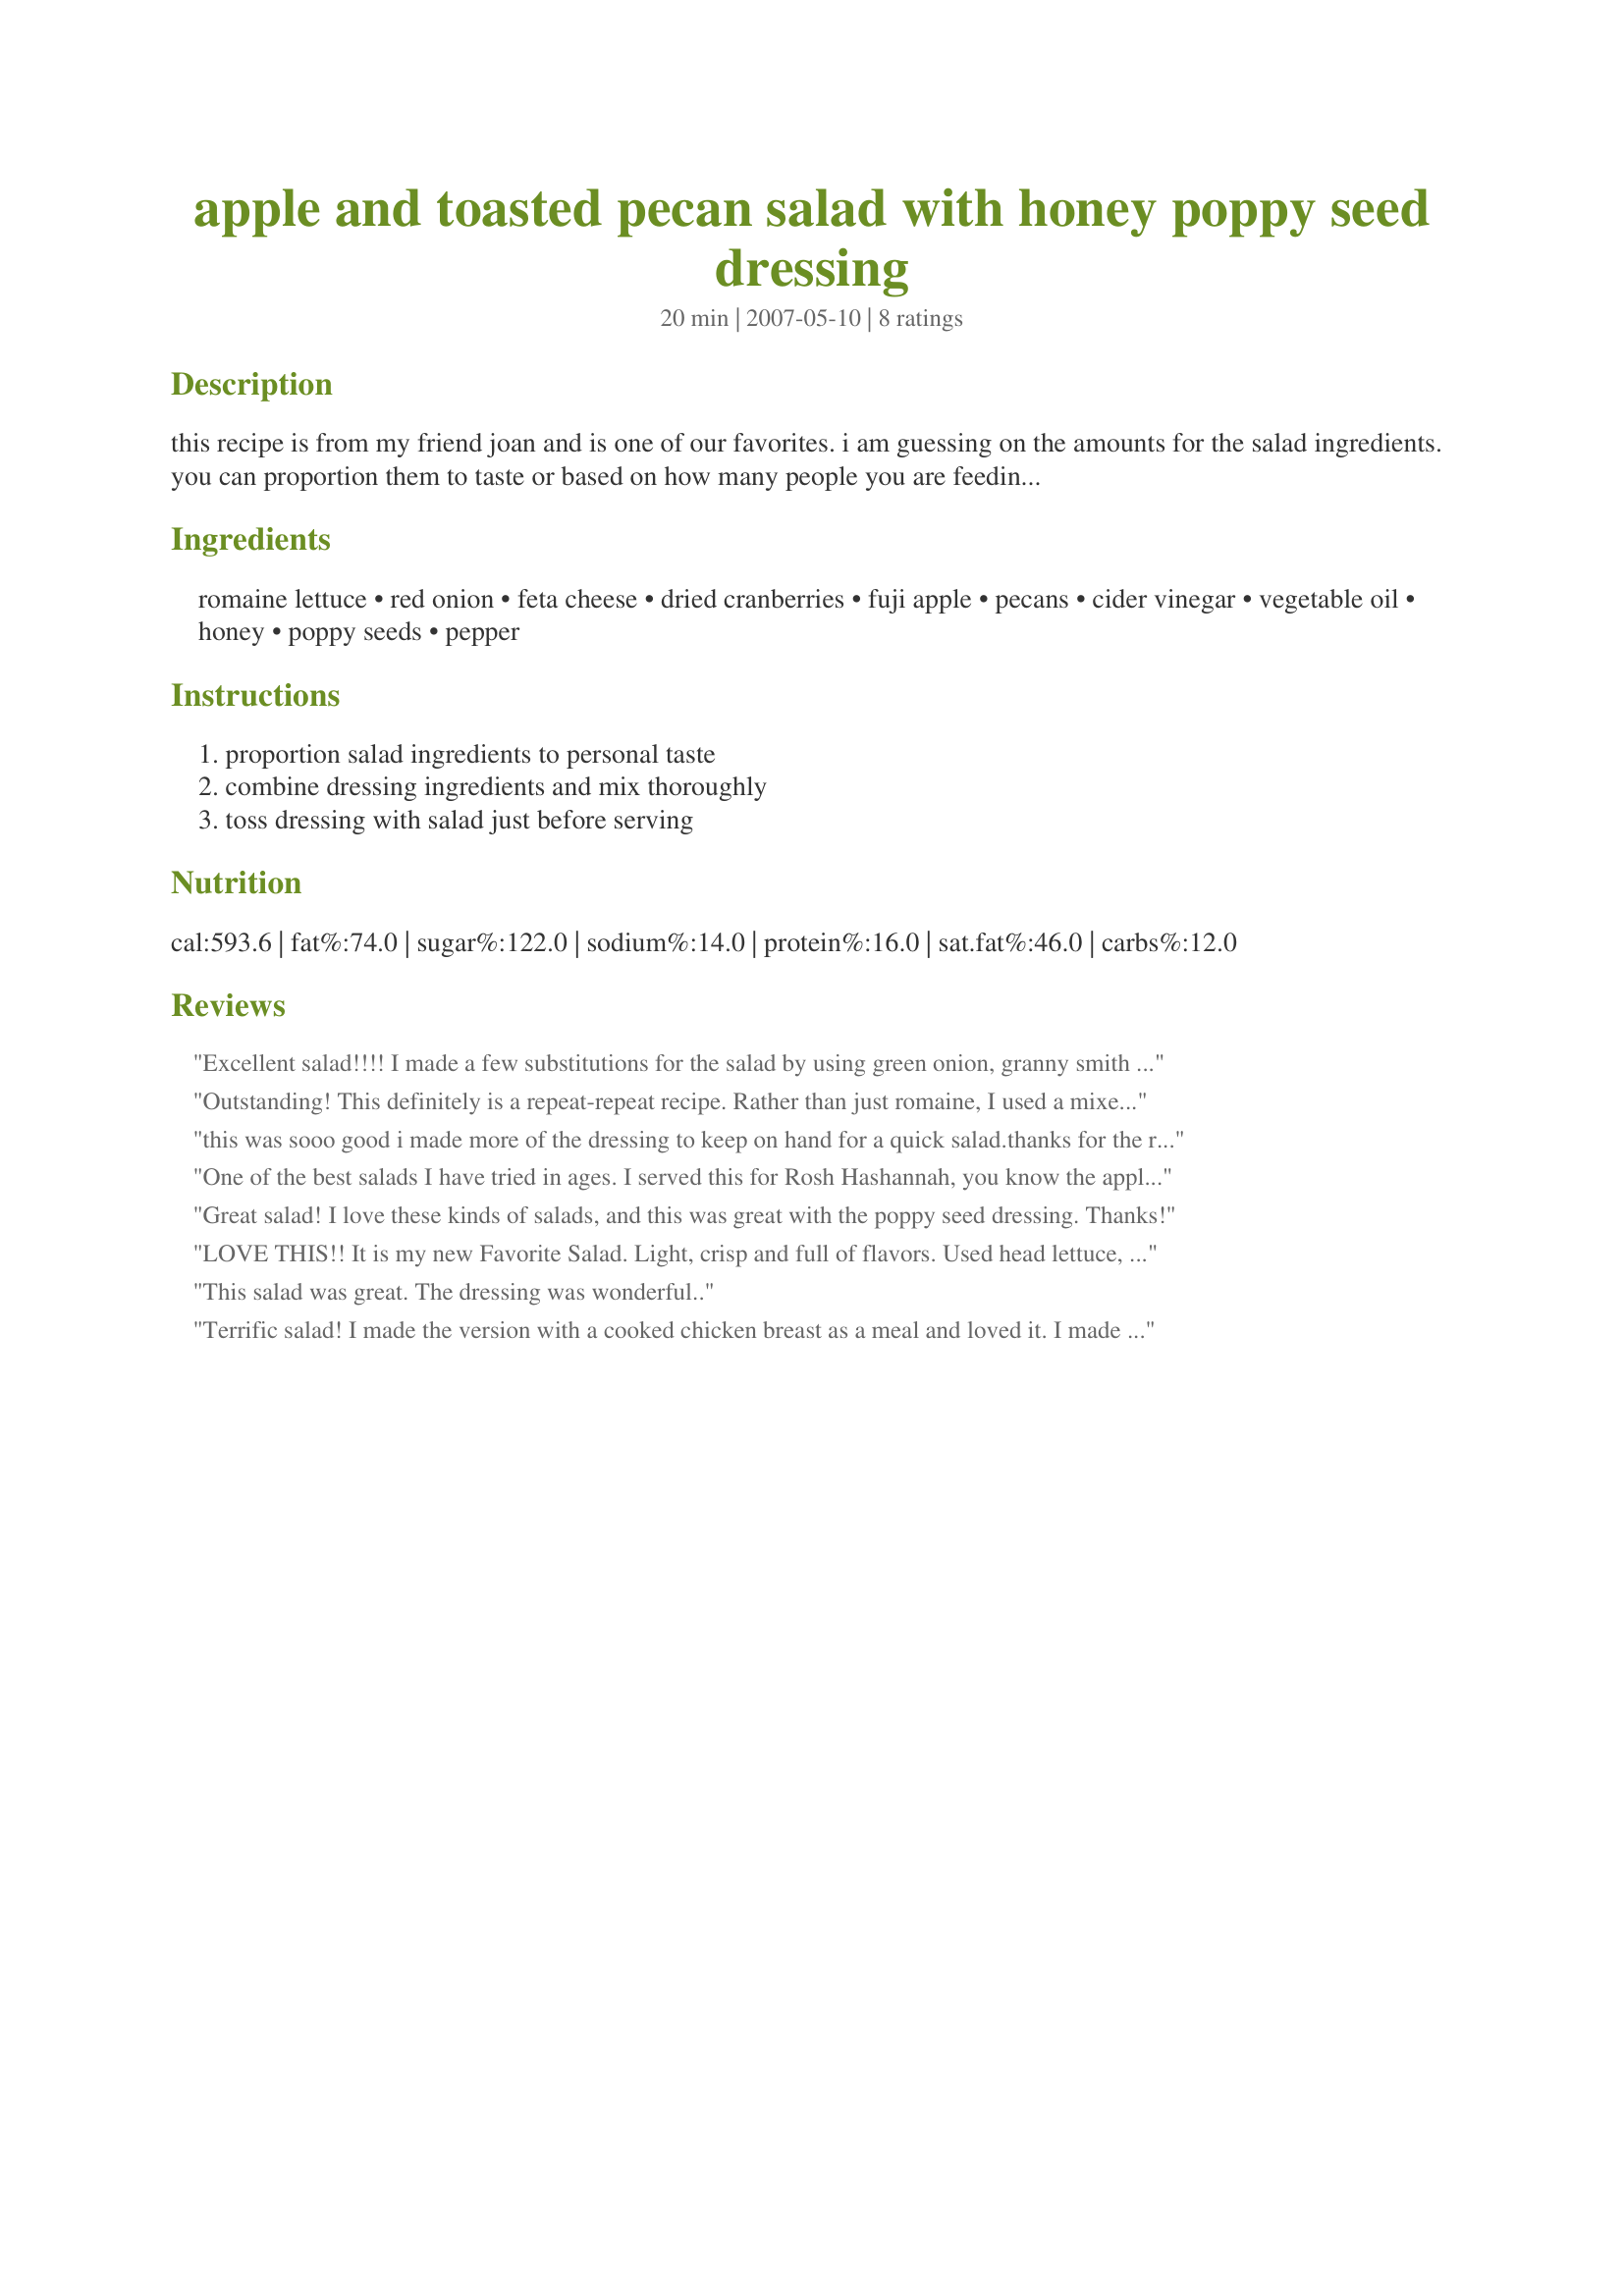
apple and toasted pecan salad with honey poppy seed dressing
Preparation time: 20 minutes

this recipe is from my friend joan and is one of our favorites. i am guessing on the amounts for the salad ingredients. you can proportion them to taste or based on how many people you are feeding. the dressing recipe makes enough for two good-sized salads. you can make this a main dish salad by adding cooked chicken.

Ingredients:
romaine lettuce, red onion, feta cheese, dried cranberries, fuji apple, pecans, cider vinegar, vegetable oil, honey, poppy seeds, pepper

Steps:
proportion salad ingredients to personal taste, combine dressing ingredients and mix thoroughly, toss dressing with salad just before serving

Reviews:
Excellent salad!!!! I made a few substitutions for the salad by using green onion, granny smith apple and shredded monterey jack cheese as this is what I had on hand and needed to use up. I left the cranberries/raisins off due to family taste. The only change I might make next time is to use a little less honey in the dressing as it was a little on the sweet side for our tastes. I loved the combination of the flavors of the onion, apples and pecans!!!! Will definitely make this salad again!!! Thanks Al Al for a great recipe. Made for spring PAC 2008.
Outstanding! This definitely is a repeat-repeat recipe. Rather than just romaine, I used a mixed lettuces combination from the farmer's market, which added a lot of nice textural interest. Otherwise I followed the recipe exactly and love it. Most of the store poppyseed dressings I have tried are too "oniony" for me; this one is perfection.
this was sooo good i made more of the dressing to keep on hand for a quick salad.thanks for the recipe
One of the best salads I have tried in ages. I served this for Rosh Hashannah, you know the apple and honey day. Perfection. The blend of the honey, apple, red onion and feta is a winner all the way. The only change I made was using Unflavored coconut oil in place of unhealthy soybean oil. It worked perfectly. Otherwise don't change a thing.
Great salad! I love these kinds of salads, and this was great with the poppy seed dressing. Thanks!
LOVE THIS!! 
It is my new Favorite Salad. Light, crisp and full of flavors. Used head lettuce, cranberries and a Macintosh Apple - fresh, sweet, nutty, spicy and a little salty - all wrapped in mouthful!
This salad was great. The dressing was wonderful..
Terrific salad! I made the version with a cooked chicken breast as a meal and loved it. I made per directions but found I did not have cider vinegar, so used rice vinegar instead. I believe it would have more &quot;pop&quot; with the cider vinegar. I may try adding a bit of lemon zest to the dressing next time for a different flavor. Thanks for posting, Al Al, this one&#039;s a keeper!
